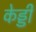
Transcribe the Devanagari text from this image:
केड्डी